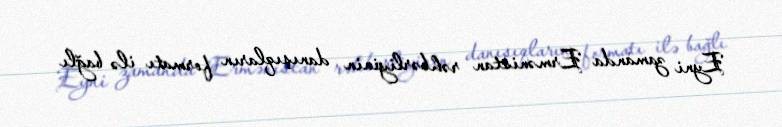
Eyni zamanda Ermənistan rəhbərliyinin danışıqların formatı ilə bağlı